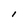
Character: l